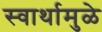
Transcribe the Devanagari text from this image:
स्वार्थामुळे